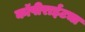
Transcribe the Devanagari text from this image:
कॉपीराईटचा